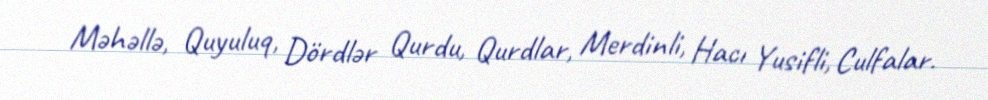
Məhəllə, Quyuluq, Dördlər Qurdu, Qurdlar, Merdinli, Hacı Yusifli, Culfalar.